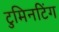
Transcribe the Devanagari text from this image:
टुमिनटिंग